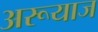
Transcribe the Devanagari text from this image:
अरूयाज